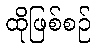
ထိုဖြစ်စဉ်